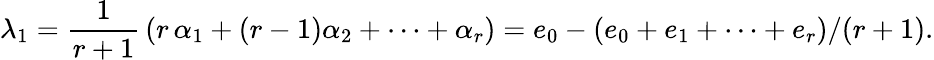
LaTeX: \lambda_{1}={\frac{1}{r+1}}\left(r\, \alpha_{1}+(r-1)\alpha_{2}+\cdots+\alpha_{r}\right)=e_{0}-\left(e_{0}+e_{1}+\cdots+e_{r}\right)/(r+1).